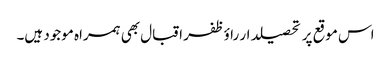
اس موقع پر تحصیلدار راؤظفر اقبال بھی ہمراہ موجود ہیں۔